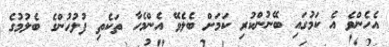
އެހެންވެ އެ ކަމުގައި ބޭނުންކުރި ކަމަށް ބެލެވޭ އެންމެހާ ތަކެތި ފުލުހުންގެ ބެލުމުގެ